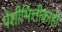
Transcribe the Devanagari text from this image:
पेशीभित्तीकाही